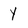
Character: y